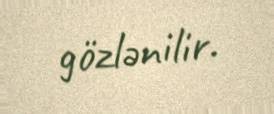
gözlənilir.